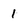
Character: 1